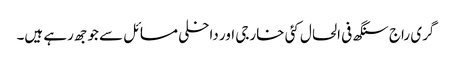
گری راج سنگھ فی الحال کئی خارجی اور داخلی مسائل سے جوجھ رہے ہیں۔